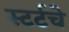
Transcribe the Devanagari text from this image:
स्टर्टचे